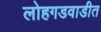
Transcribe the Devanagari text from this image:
लोहगडवाडीत